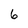
Character: 6